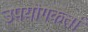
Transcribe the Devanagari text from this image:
उपयॊगकर्ता